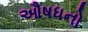
ઔષધનો